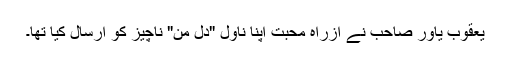
یعقوب یاور صاحب نے ازراہ محبت اپنا ناول "دل مْن" ناچیز کو ارسال کیا تھا۔